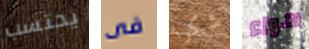
يحتسب فى شكرا سواء